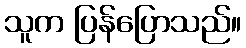
သူက ပြန်ပြောသည်။